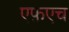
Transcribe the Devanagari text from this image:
एफ़एच